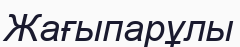
Жағыпарұлы